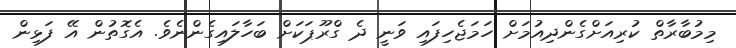
މިމުބާރާތް ކުރިއަށްގެންދިއުމަށް ހަމަޖެހިފައި ވަނީ ދެ ގްރޫޕަކަށް ބަހާލައިގެންނެވެ. އެގޮތުން އޭ ފަޅިން